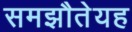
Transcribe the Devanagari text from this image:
समझौतेयह